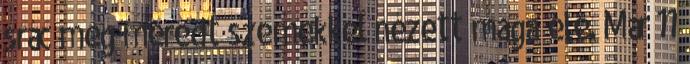
srác meg meredt szemekkel nézett maga elé. Már 11